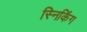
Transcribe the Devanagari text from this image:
स्निकिंग